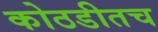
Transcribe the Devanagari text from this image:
कोठडीतच